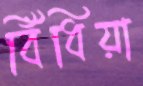
বিঁধিয়া